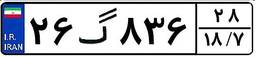
۲۱گ۶۲۰۹۹